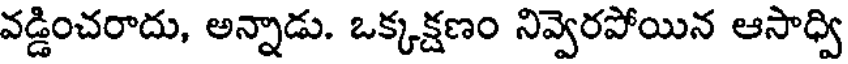
వడ్డించరాదు, అన్నాడు. ఒక్కక్షణం నివ్వెరపోయిన ఆసాధ్వి